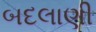
બદલાણી